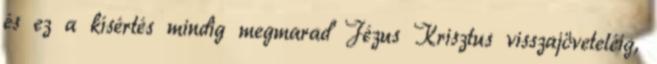
és ez a kísértés mindig megmarad Jézus Krisztus visszajöveteléig,